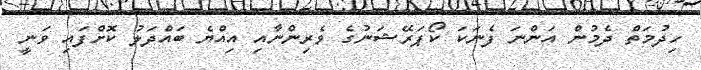
ހިދުމަތް ދެމުން އަންނަ ފެނަކަ ކޯޕަރޭޝަނުގެ ވެރިންނާއި އިއްޔެ ބައްދަލު ކޮށްފައި ވަނީ